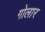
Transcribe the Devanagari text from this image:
गोलार